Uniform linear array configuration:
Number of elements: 64
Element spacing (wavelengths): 1
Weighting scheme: hann
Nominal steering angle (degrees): -15
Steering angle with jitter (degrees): -13.589
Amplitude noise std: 0.05
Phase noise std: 0.05

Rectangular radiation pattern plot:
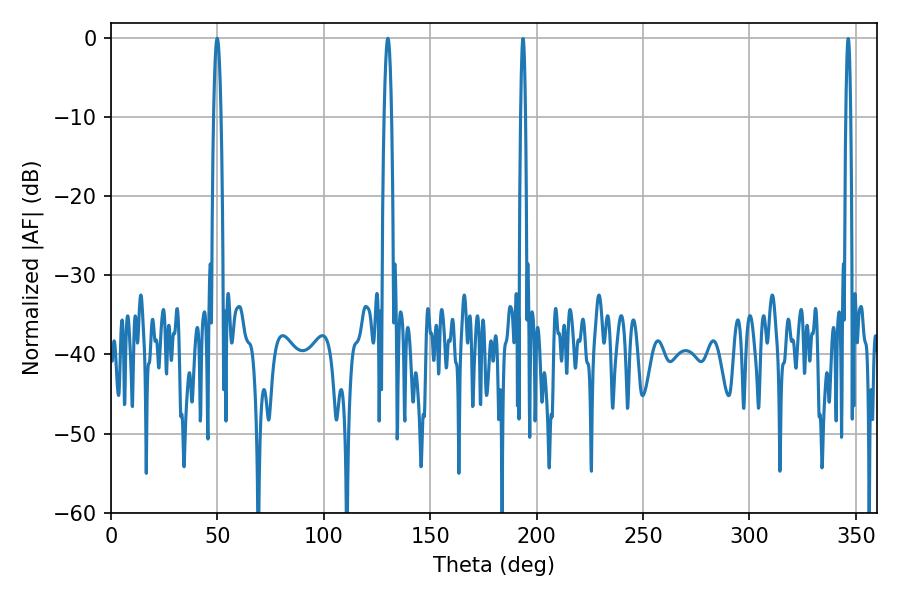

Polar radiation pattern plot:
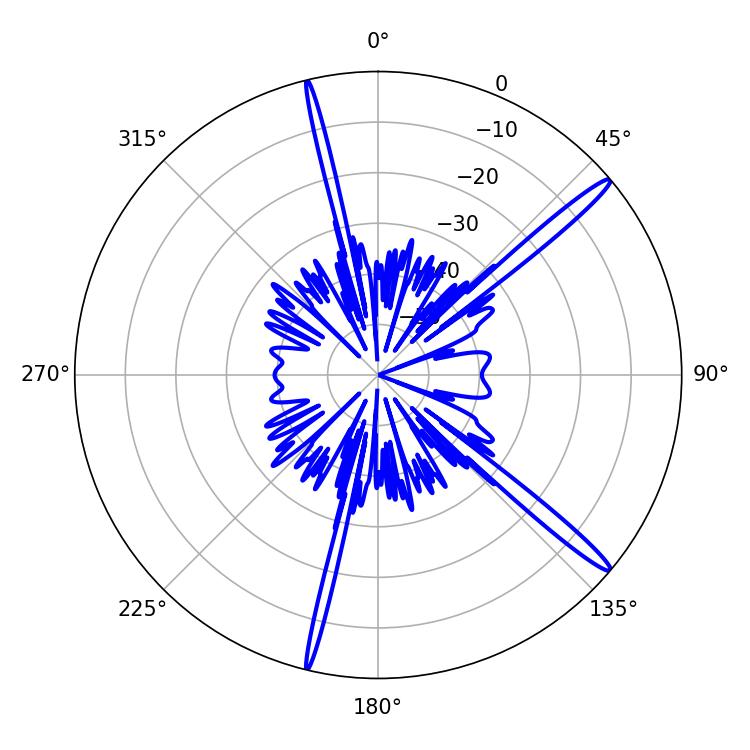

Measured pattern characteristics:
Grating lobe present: TRUE
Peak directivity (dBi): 16.468
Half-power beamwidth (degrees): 1.8
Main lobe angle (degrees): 49.86